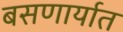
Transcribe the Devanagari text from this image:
बसणार्यात